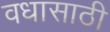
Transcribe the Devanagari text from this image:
वधासाठी